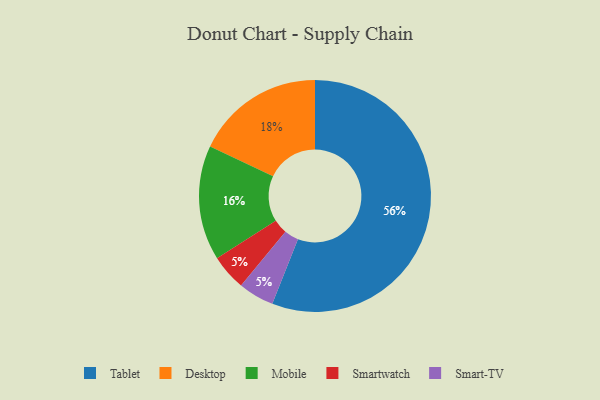
{"axis": {"x": "Category", "y": "Percentage"}, "legend": ["Desktop", "Mobile", "Smart-TV", "Smartwatch", "Tablet"], "data": [{"x": "Smartwatch", "y": 5, "type": "Smartwatch"}, {"x": "Smart-TV", "y": 5, "type": "Smart-TV"}, {"x": "Mobile", "y": 16, "type": "Mobile"}, {"x": "Desktop", "y": 18, "type": "Desktop"}, {"x": "Tablet", "y": 56, "type": "Tablet"}]}